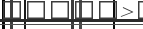
.     .